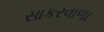
સાકરવાળા